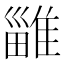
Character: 𨿴